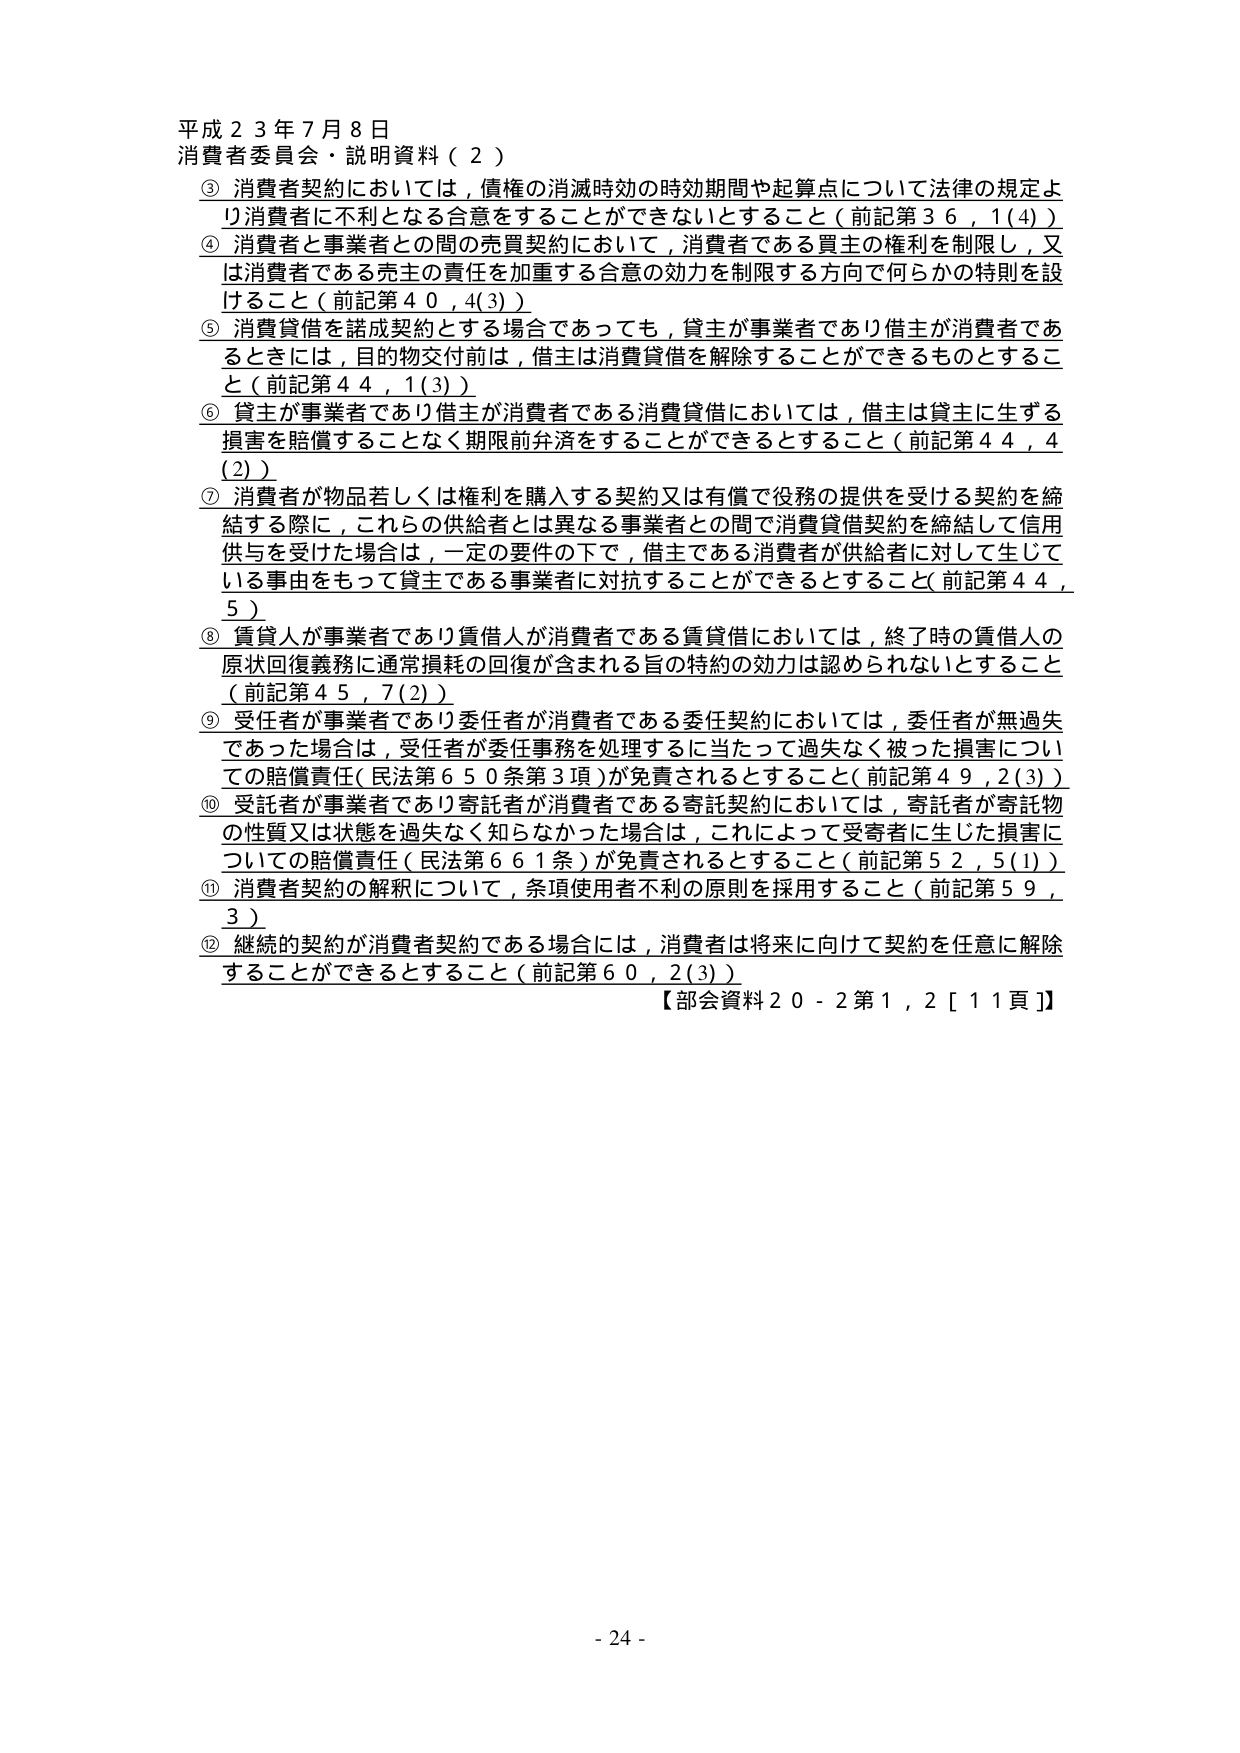
平成２３年７月８日
消費者委員会・説明資料（２）

③ 消費者契約においては，債権の消滅時効の時効期間や起算点について法律の規定より消費者に不利となる合意をすることができないということ（前記第３６，１(4)）
④ 消費者と事業者との間の売買契約において，消費者である買主の権利を制限し，又は消費者である売主の責任を加重する合意の効力を制限する方向で何らかの特別を設けること（前記第４０，４(3)）
⑤ 消費貸借を諾成契約とする場合であっても，貸主が事業者であり借主が消費者であるときには，目的物交付前は，借主は消費貸借を解除することができるものとすること（前記第４４，１(3)）
⑥ 貸主が事業者であり借主が消費者である消費貸借においては，借主は貸主に生ずる損害を賠償することなく期限前弁済をすることができるということ（前記第４４，４(2)）
⑦ 消費者が物品若しくは権利を購入する契約又は有償で役務の提供を受ける契約を締結する際に，これらの供給者とは異なる事業者との間で消費貸借契約を締結して信用供与を受けた場合は，一定の要件の下で，借主である消費者が供給者に対して生じている事由をもって貸主である事業者に対抗することができるということ（前記第４４，５）
⑧ 賃貸人が事業者であり賃借人が消費者である賃貸借においては，終了時の賃借人の原状回復義務に通常損耗の回復が含まれる旨の特約の効力は認められないということ（前記第４５，７(2)）
⑨ 受任者が事業者であり委任者が消費者である委任契約においては，委任者が無過失であった場合は，受任者が委任事務を処理するに当たって過失なく被った損害についての賠償責任（民法第６５０条第３項）が免責されること（前記第４９，２(3)）
⑩ 受託者が事業者であり寄託者が消費者である寄託契約においては，寄託者が寄託物の性質又は状態を過失なく知らなかった場合は，これによって受寄者に生じた損害についての賠償責任（民法第６６１条）が免責されること（前記第５２，５(1)）
⑪ 消費者契約の解釈について，条項使用者不利の原則を採用すること（前記第５９，３）
⑫ 継続的契約が消費者契約である場合には，消費者は将来に向けて契約を任意に解除することができるということ（前記第６０，２(3)）
【部会資料２０－２第１，２［１１頁］】

- 24 -